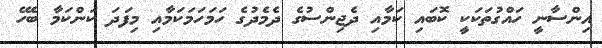
އިންސާނީ ހައްގުތަކަކީ ކޮބައި ކަމާއި ދެޖިންސުގެ ދެމެދުގެ ހަމަހަމަކަމާއި މިފަދަ ކަންކަމާ ބެހޭ